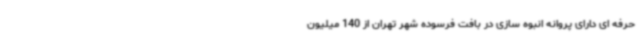
حرفه ای دارای پروانه انبوه سازی در بافت فرسوده شهر تهران از 140 میلیون